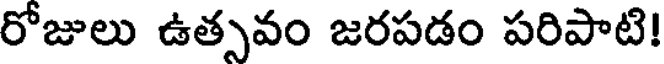
రోజులు ఉత్సవం జరపడం పరిపాటి!